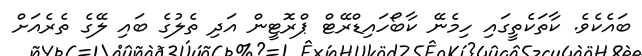
ބައެކެވެ. ކާތަކެތީގައި ހިމެނޭ ކާބޯހައިޑްރޭޓް ޕްރޮޓީން އަދި ތެލުގެ ބައި ލޭގެ ތެރެއަށް